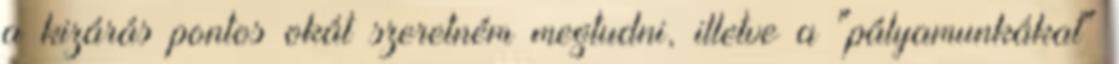
a kizárás pontos okát szeretném megtudni, illetve a "pályamunkákat"